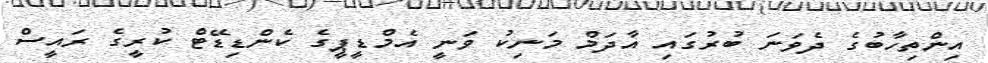
އިންތިހާބުގެ ދެވަނަ ބުރުގައި އާދަމް މަނިކު ވަނީ އެމްޑީޕީގެ ކެންޑިޑޭޓް ކުރީގެ ރައީސް